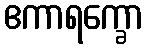
ဧကာရက္ခော